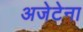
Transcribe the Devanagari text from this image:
अजेटेना